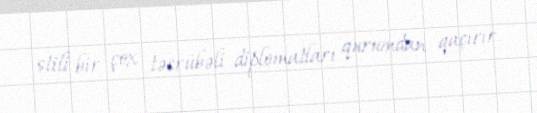
stili bir çox təcrübəli diplomatları qurumdan qaçırır.